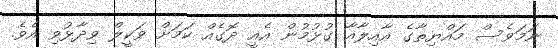
ނަމަވެސް މައްޔިތާގެ އާއިލާއާ ގުޅުމުން އެއީ ދޮގެއް ކަމަށް ވަކީލް ވިދާޅުވި އެވެ.